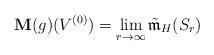
LaTeX: \begin{align*}\mathbf{M}(g)(V^{(0)})=\lim_{r\rightarrow\infty}\tilde{\mathfrak{m}}_H(S_r)\end{align*}